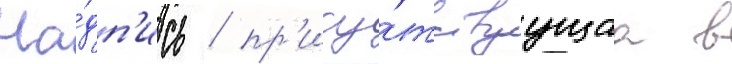
На́дп'ись / пр'ису́тствуущаа в